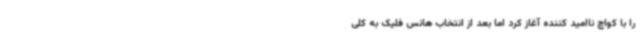
را با کواچ ناامید کننده آغاز کرد اما بعد از انتخاب هانس فلیک به کلی